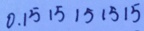
0 . 1 5 1 5 1 5 1 5 1 5